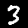
Label: 3